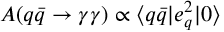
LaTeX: A ( q \bar { q } \to \gamma \gamma ) \propto \langle q \bar { q } | e _ { q } ^ { 2 } | 0 \rangle